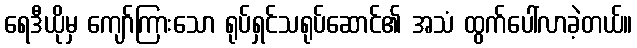
ရေဒီယိုမှ ကျော်ကြားသော ရုပ်ရှင်သရုပ်ဆောင်၏ အသံ ထွက်ပေါ်လာခဲ့တယ်။